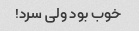
خوب بود ولی سرد!